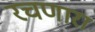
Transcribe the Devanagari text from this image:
रचणारा